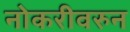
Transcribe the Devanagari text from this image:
नोकरीवरुन